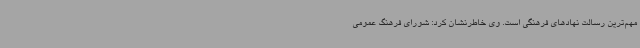
مهم‌ترین رسالت نهادهای فرهنگی است. وی خاطرنشان کرد: شورای فرهنگ عمومی